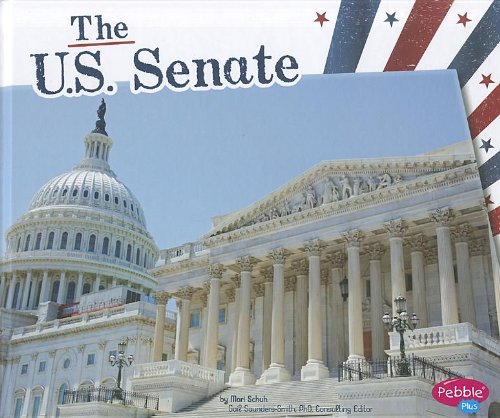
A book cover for The U.S. Senate (The U.S. Government); Mari Schuh; Children's Books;